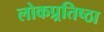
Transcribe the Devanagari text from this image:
लोकप्र्रतिष्ठा